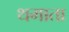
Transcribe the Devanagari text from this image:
थमाता